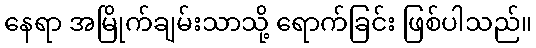
နေရာ အမြိုက်ချမ်းသာသို့ ရောက်ခြင်း ဖြစ်ပါသည်။